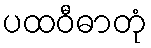
ပထဝီဓာတုံ